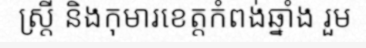
ស្ត្រី និងកុមារខេត្តកំពង់ឆ្នាំង រួម